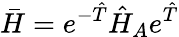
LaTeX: \bar{H}=e^{-\hat{T}}\hat{H}_{A}e^{\hat{T}}